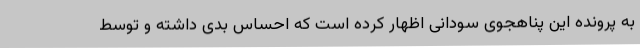
به پرونده این پناهجوی سودانی اظهار کرده است که احساس بدی داشته و توسط